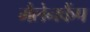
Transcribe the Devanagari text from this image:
मैलेनकैंप